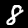
Digit: 8